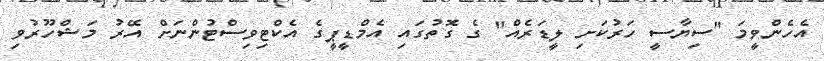
އެހެންވީމަ "ސިޔާސީ ހަރުކަށި ލީޑަރެއް" ގެ ގޮތުގައި އެމްޑީޕީގެ އެކްޓިވިސްޓުންނަށް އޭރު މަޝްހޫރުވި